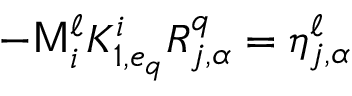
- \mathsf { M } _ { i } ^ { \ell } K _ { 1 , e _ { q } } ^ { i } R _ { j , \alpha } ^ { q } = \eta _ { j , \alpha } ^ { \ell }